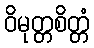
ဝိမုတ္တစိတ္တံ